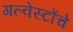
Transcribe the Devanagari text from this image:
गल्वेस्टोंचे